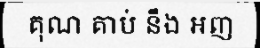
គុណ គាប់ នឹង អញ